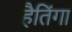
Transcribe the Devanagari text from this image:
हैतिंगा